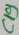
Text: C19